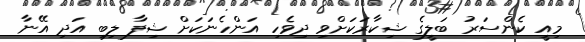
މިއީ ކެންސަރު ބަލީގެ ޝިކާރަކަށްވި ދިވެހި އަންހެނަކަށް ޝިފާ ލިބި އަދި އޭނާ